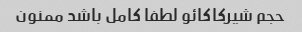
حجم شیرکاکائو لطفا کامل باشد ممنون